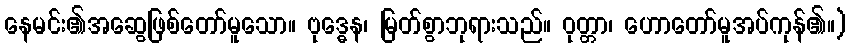
နေမင်း၏အဆွေဖြစ်တော်မူသော။ ဗုဒ္ဓေန၊ မြတ်စွာဘုရားသည်။ ဝုတ္တာ၊ ဟောတော်မူအပ်ကုန်၏။)